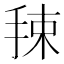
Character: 𰓯